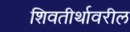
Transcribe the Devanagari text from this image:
शिवतीर्थावरील